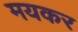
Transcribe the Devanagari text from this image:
मयकर